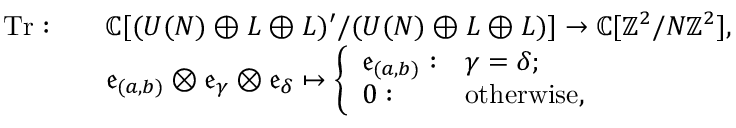
\begin{array} { r l } { \mathrm { T r } : \quad } & { \mathbb { C } [ ( U ( N ) \oplus L \oplus L ) ^ { \prime } / ( U ( N ) \oplus L \oplus L ) ] \rightarrow \mathbb { C } [ \mathbb { Z } ^ { 2 } / N \mathbb { Z } ^ { 2 } ] , } \\ & { \mathfrak { e } _ { ( a , b ) } \otimes \mathfrak { e } _ { \gamma } \otimes \mathfrak { e } _ { \delta } \mapsto \left\{ \begin{array} { l l } { \mathfrak { e } _ { ( a , b ) } : } & { \gamma = \delta ; } \\ { 0 : } & { \mathrm { o t h e r w i s e } , } \end{array} \right. } \end{array}